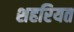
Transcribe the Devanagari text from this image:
शहरियत